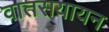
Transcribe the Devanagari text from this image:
वातसयायन